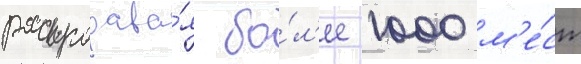
распродава́я бо́л'ее 1000 м'е́ст